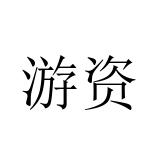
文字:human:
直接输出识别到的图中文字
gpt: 游资